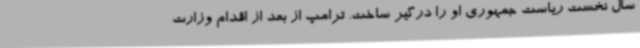
سال نخست ریاست جمهوری او را درگیر ساخت. ترامپ از بعد از اقدام وزارت